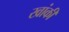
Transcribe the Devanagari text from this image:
खांकी